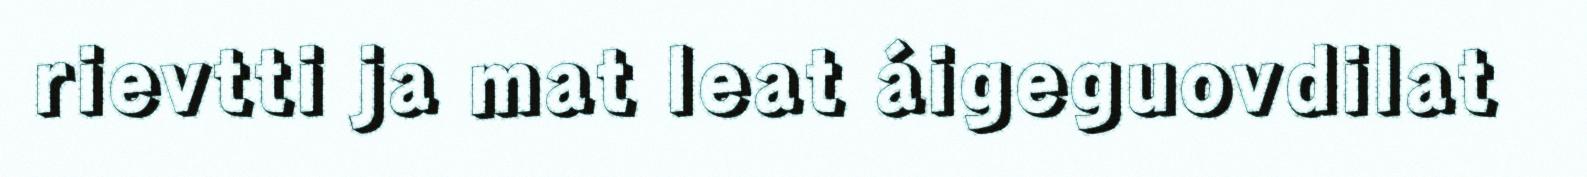
rievtti ja mat leat áigeguovdilat